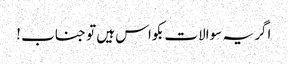
اگر یہ سوالات بکواس ہیں تو جناب !